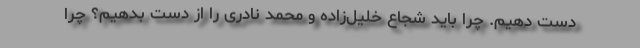
دست دهیم. چرا باید شجاع خلیل‌زاده و محمد نادری را از دست بدهیم؟ چرا